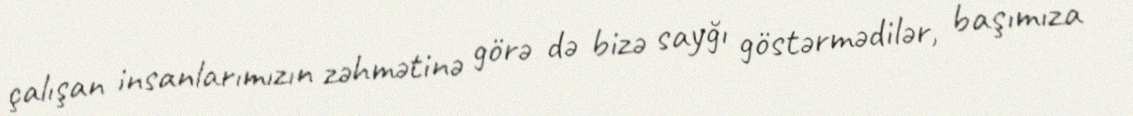
çalışan insanlarımızın zəhmətinə görə də bizə sayğı göstərmədilər, başımıza